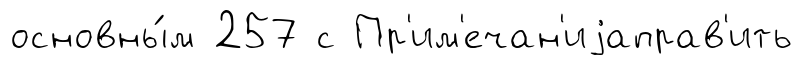
основны́м 257 с Пр'им'ечан'иjаправ'ить